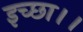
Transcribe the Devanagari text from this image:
इच्‍छा।।